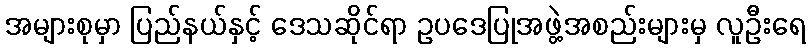
အများစုမှာ ပြည်နယ်နှင့် ဒေသဆိုင်ရာ ဥပဒေပြုအဖွဲ့အစည်းများမှ လူဦးရေ